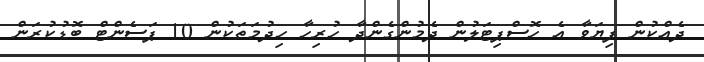
ދެއްކުން ފިޔަވާ އެ ހޮސްޕިޓަލުުން ދެމުންގެންދާ ހުރިހާ ހިދުމަތަކުން 10 ޕަސެންޓް ބޮޑުކުރަން